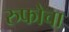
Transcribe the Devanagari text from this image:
रुफोचा